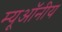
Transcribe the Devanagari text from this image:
म्यूऑनीय